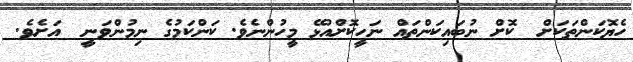
ހެޔޮކަންތަކަށް  ކޮށް ނުބައިކަންތައް ނަހީކޮށްއުޅޭ މީހުންނެވެ. ކަންކަމުގެ ނިމުންވަނީ  އަށެވެ.